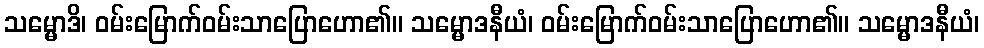
သမ္မောဒိ၊ ဝမ်းမြောက်ဝမ်းသာပြောဟော၏။ သမ္မောဒနီယံ၊ ဝမ်းမြောက်ဝမ်းသာပြောဟော၏။ သမ္မောဒနီယံ၊